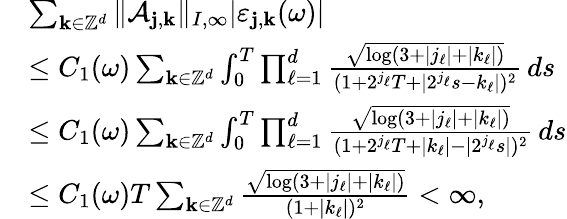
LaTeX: \begin{array}{rl}&{\sum_{\mathbf{k}\in\mathbb{Z}^{d}}\| {\cal A}_{\mathbf{j},\mathbf{k}}\| _{I,\infty}|\varepsilon_{\mathbf{j},\mathbf{k}}(\omega)|}\\ &{\leq C_{1}(\omega)\sum_{\mathbf{k}\in\mathbb{Z}^{d}}\int_{0}^{T}\prod_{\ell=1}^{d}\frac{\sqrt{\log(3+|j_{\ell}|+|k_{\ell}|)}}{(1+2^{j_{\ell}}T+|2^{j_{\ell}}s-k_{\ell}|)^{2}}\, ds}\\ &{\leq C_{1}(\omega)\sum_{\mathbf{k}\in\mathbb{Z}^{d}}\int_{0}^{T}\prod_{\ell=1}^{d}\frac{\sqrt{\log(3+|j_{\ell}|+|k_{\ell}|)}}{(1+2^{j_{\ell}}T+|k_{\ell}|-|2^{j_{\ell}}s|)^{2}}\, ds}\\ &{\leq C_{1}(\omega)T\sum_{\mathbf{k}\in\mathbb{Z}^{d}}\frac{\sqrt{\log(3+|j_{\ell}|+|k_{\ell}|)}}{(1+|k_{\ell}|)^{2}}<\infty,}\end{array}